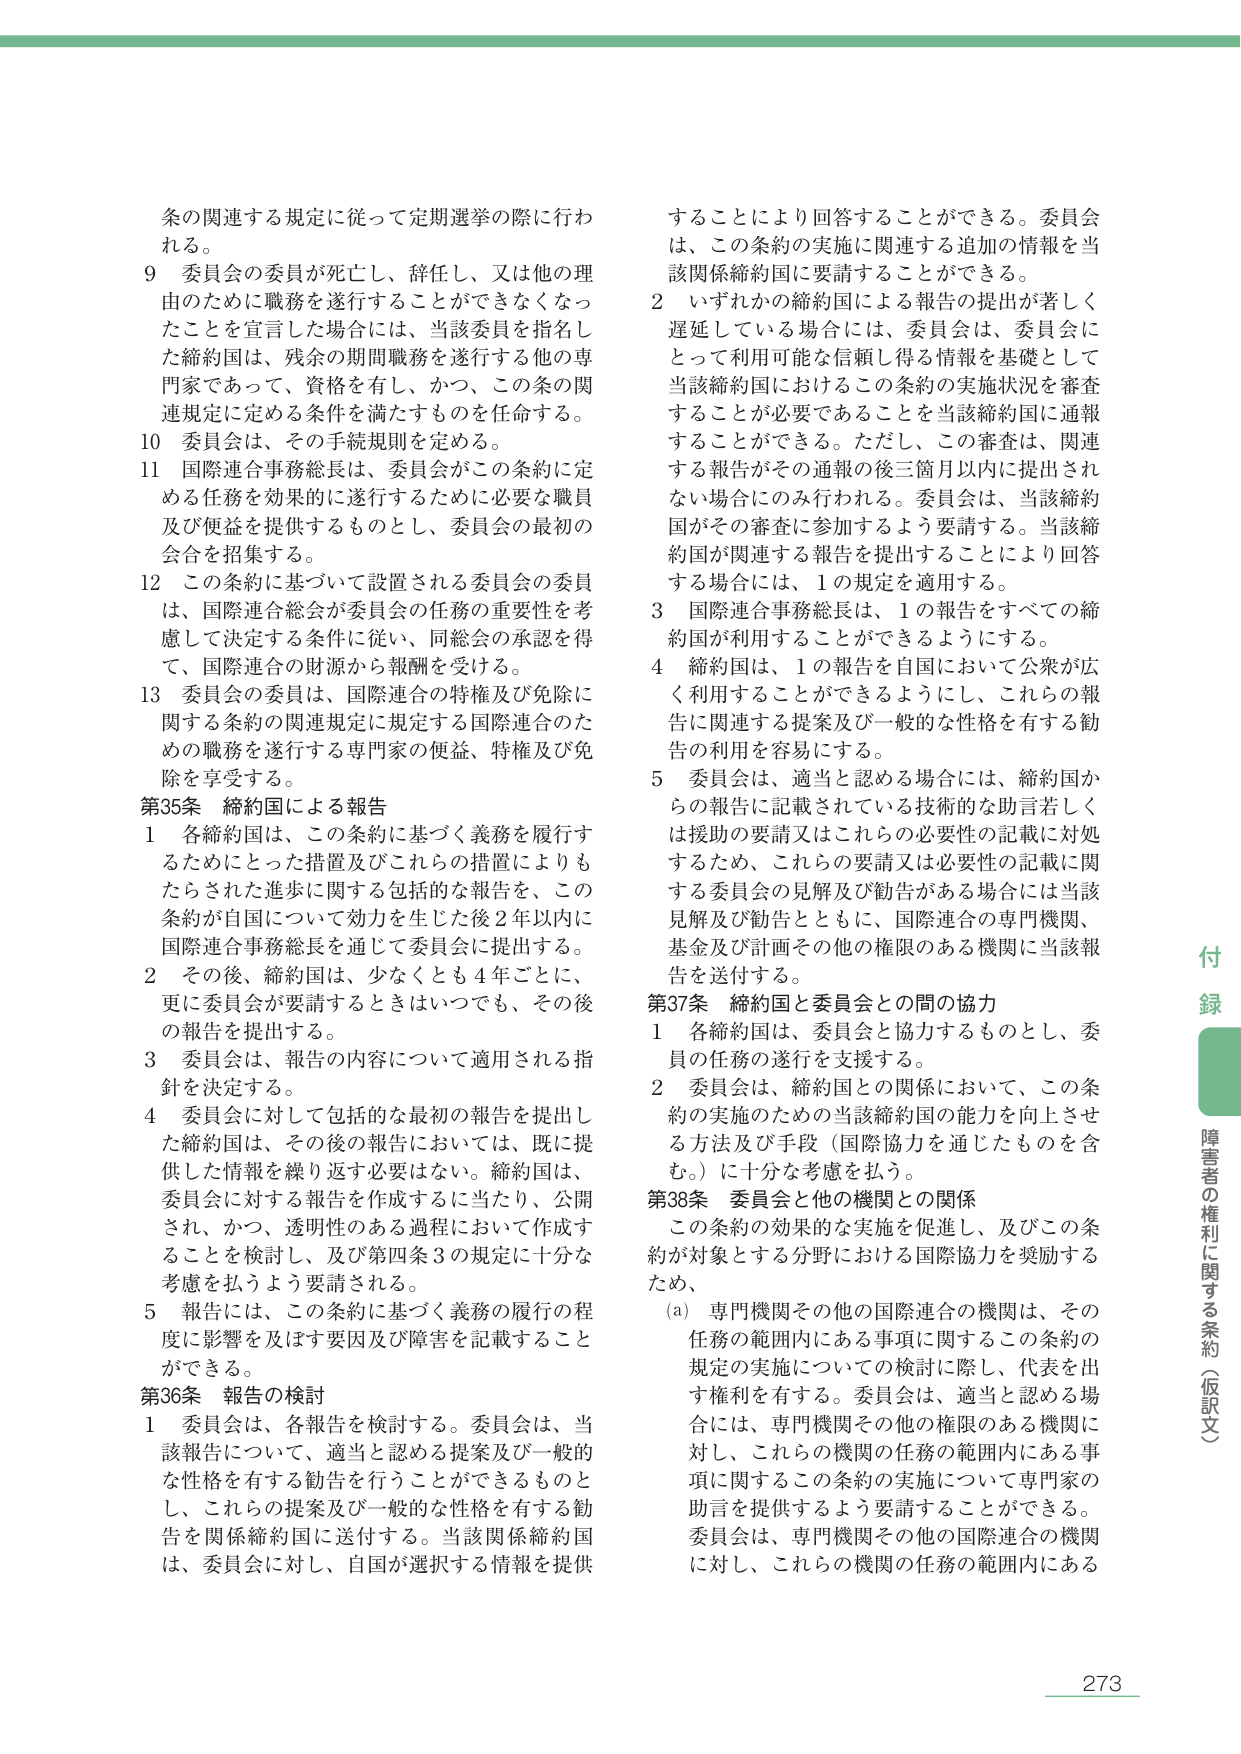
条の関連する規定に従って定期選挙の際に行われる。

9 委員会の委員が死亡し、辞任し、又は他の理由のために職務を遂行することができなくなつたことを宣言した場合には、当該委員を指名した締約国は、残余の期間職務を遂行する他の専門家であつて、資格を有し、かつ、この条の関連規定に定める条件を満たすものを任命する。

10 委員会は、その手続規則を定める。

11 国際連合事務総長は、委員会がこの条約に定める任務を効果的に遂行するために必要な職員及び便益を提供するものとし、委員会の最初の会合を招集する。

12 この条約に基づいて設置される委員会の委員は、国際連合総会が委員会の任務の重要性を考慮して決定する条件に従い、同総会の承認を得て、国際連合の財源から報酬を受ける。

13 委員会の委員は、国際連合の特権及び免除に関する条約の関連規定に規定する国際連合のための職務を遂行する専門家の便益、特権及び免除を享受する。

第35条 締約国による報告

1 各締約国は、この条約に基づく義務を履行するためにとった措置及びこれらの措置によりもたらされた進歩に関する包括的な報告を、この条約が自国について効力を生じた後2年以内に国際連合事務総長を通じて委員会に提出する。

2 その後、締約国は、少なくとも4年ごとに、更に委員会が要請するときはいつでも、その後の報告を提出する。

3 委員会は、報告の内容について適用される指針を決定する。

4 委員会に対して包括的な最初の報告を提出した締約国は、その後の報告においては、既に提供した情報を繰り返す必要はない。締約国は、委員会に対する報告を作成するに当たり、公開され、かつ、透明性のある過程において作成することを検討し、及び第四条3の規定に十分な考慮を払うよう要請される。

5 報告には、この条約に基づく義務の履行の程度に影響を及ぼす要因及び障害を記載することができる。

第36条 報告の検討

1 委員会は、各報告を検討する。委員会は、当該報告について、適当と認める提案及び一般的な性格を有する勧告を行うことができるものとし、これらの提案及び一般的な性格を有する勧告を関係締約国に送付する。当該関係締約国は、委員会に対し、自国が選択する情報を提供することにより回答することができる。委員会は、この条約の実施に関連する追加の情報を当該関係締約国に要請することができる。

2 いずれかの締約国による報告の提出が著しく遅延している場合には、委員会は、委員会にとって利用可能な信頼し得る情報を基礎として当該締約国におけるこの条約の実施状況を審査することが必要であることを当該締約国に通達することができる。ただし、この審査は、関連する報告がその通報の後三箇月以内に提出されない場合にのみ行われる。委員会は、当該締約国がその審査に参加するよう要請する。当該締約国が関連する報告を提出することにより回答する場合には、1の規定を適用する。

3 国際連合事務総長は、1の報告をすべての締約国が利用することができるようにする。

4 締約国は、1の報告を自国において公衆が広く利用することができるようにし、これらの報告に関連する提案及び一般的な性格を有する勧告の利用を容易にする。

5 委員会は、適当と認める場合には、締約国からの報告に記載されている技術的な助言若しくは援助の要請又はこれらの必要性の記載に対処するため、これらの要請又は必要性の記載に関する委員会の見解及び勧告がある場合には当該見解及び勧告とともに、国際連合の専門機関、基金及び計画その他の権限のある機関に当該報告を送付する。

第37条 締約国と委員会との間の協力

1 各締約国は、委員会と協力するものとし、委員の任務の遂行を支援する。

2 委員会は、締約国との関係において、この条約の実施のための当該締約国の能力を向上させる方法及び手段（国際協力を通じたものを含む。）に十分な考慮を払う。

第38条 委員会と他の機関との関係

この条約の効果的な実施を促進し、及びこの条約が対象とする分野における国際協力を奨励するため、

(a) 専門機関その他の国際連合の機関は、その任務の範囲内にある事項に関するこの条約の規定の実施についての検討に際し、代表を出す権利を有する。委員会は、適当と認める場合には、専門機関その他の権限のある機関に対し、これらの機関の任務の範囲内にある事項に関するこの条約の実施について専門家の助言を提供するよう要請することができる。委員会は、専門機関その他の国際連合の機関に対し、これらの機関の任務の範囲内にある

付録
障害者の権利に関する条約（仮訳文）

273